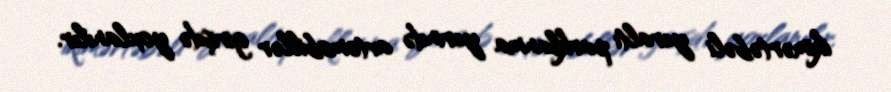
ikimərtəbəli yeraltı parklanma yerində avtomobillər girişdə yoxlanılır.